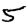
Digit: 5